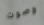
وصوت